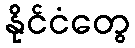
နိုင်ငံတွေ